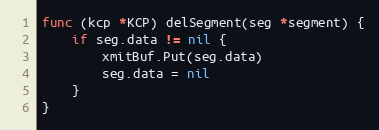
Language: Go
func (kcp *KCP) delSegment(seg *segment) {
	if seg.data != nil {
		xmitBuf.Put(seg.data)
		seg.data = nil
	}
}